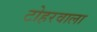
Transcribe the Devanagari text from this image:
टोहरवाला